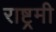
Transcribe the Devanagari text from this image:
राष्ट्रमी